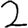
Digit: 2